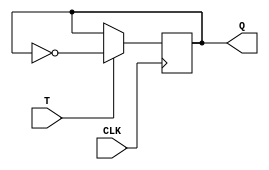
module t_latch (
    input T,
    input CLK,
    output reg Q
);

reg Q_next;

always @ (posedge CLK) begin
    if (T) begin
        Q_next <= ~Q;
    end else begin
        Q_next <= Q;
    end
end

always @ (*) begin
    Q <= Q_next;
end

endmodule